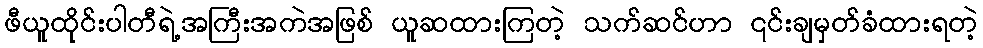
ဖီယူထိုင်းပါတီရဲ့အကြီးအကဲအဖြစ် ယူဆထားကြတဲ့ သက်ဆင်ဟာ ၎င်းချမှတ်ခံထားရတဲ့